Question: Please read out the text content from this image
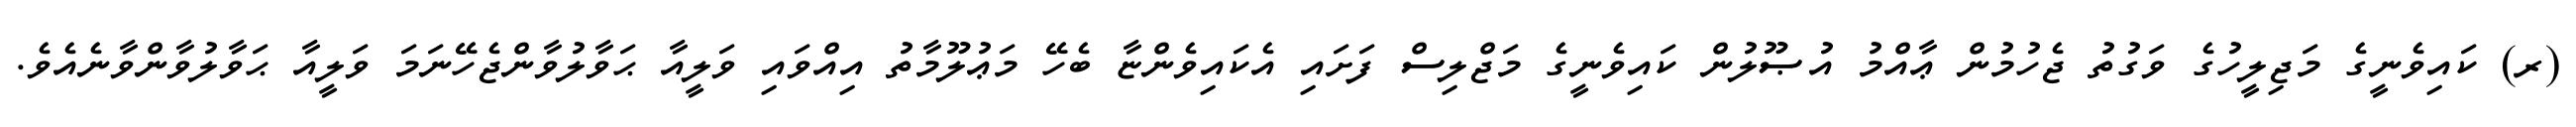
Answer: (ރ) ކައިވެނީގެ މަޖިލީހުގެ ވަގުތު ޖެހުމުން ޢާއްމު އުޞޫލުން ކައިވެނީގެ މަޖްލިސް ފަށައި އެކައިވެންޏާ ބެހޭ މަޢުލޫމާތު އިއްވައި ވަލީއާ ޙަވާލުވާންޖެހޭނަމަ ވަލީއާ ޙަވާލުވާންވާނެއެވެ.